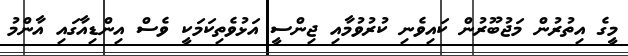
މީގެ އިތުރުން މަޖުބޫރުން ކައިވެނި ކުރުވުމާއި ޖިންސީ އަޅުވެތިކަމަކީ ވެސް އިންޑިއާގައި އާންމު